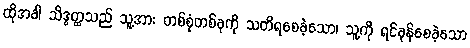
ထိုအခါ သိဒ္ဓတ္ထသည် သူ့အား တစ်စုံတစ်ခုကို သတိရစေခဲ့သော၊ သူ့ကို ရင်ခုန်စေခဲ့သော